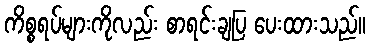
ကိစ္စရပ်များကိုလည်း စာရင်းချပြ ပေးထားသည်။